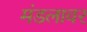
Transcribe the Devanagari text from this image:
मंडलावर